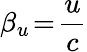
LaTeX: \beta_{u}\! =\! \frac{u}{c}